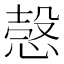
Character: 愨